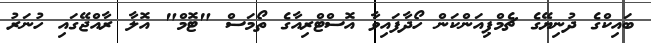
ބައިކްގެ ދުނިޔޭގެ ޗެމްޕިއަންކަން ހޯދާފައިވާ އޮސްޓްރިއާގެ ތޯމަސް "ޓޮމް" އޮލާ ރާއްޖޭގައި ހުނަރު